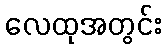
လေထုအတွင်း